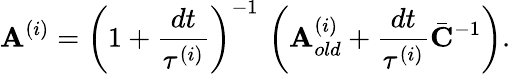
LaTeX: \mathbf{A}^{(i)}=\left(1+\frac{dt}{\tau^{(i)}}\right)^{-1}\, \left(\mathbf{A}_{old}^{(i)}+\frac{dt}{\tau^{(i)}}\bar{\mathbf{C}}^{-1}\right).